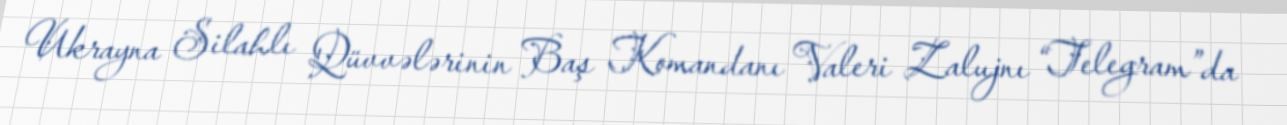
Ukrayna Silahlı Qüvvələrinin Baş Komandanı Valeri Zalujnı “Telegram”da